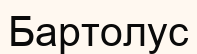
Бартолус